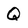
Character: Q